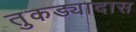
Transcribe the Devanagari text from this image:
तुकड्यादास